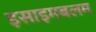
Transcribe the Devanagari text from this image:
इसाइमबलम